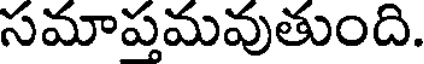
సమాప్తమవుతుంది.